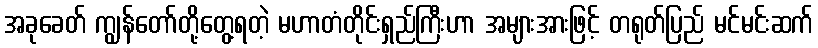
အခုခေတ် ကျွန်တော်တို့တွေ့ရတဲ့ မဟာတံတိုင်းရှည်ကြီးဟာ အများအားဖြင့် တရုတ်ပြည် မင်မင်းဆက်